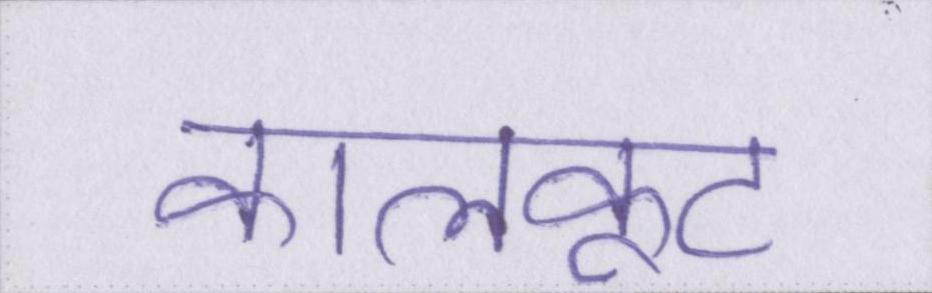
कालकूट